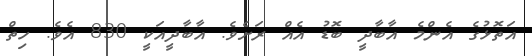
އަތޮޅުގެ އެންމެ އާބާދީ ބޮޑު އެއް ރަށެވެ. އާބާދީއަކީ 830 އެވެ. ހިތް